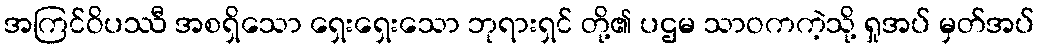
အကြင်ဝိပဿီ အစရှိသော ရှေးရှေးသော ဘုရားရှင် တို့၏ ပဌမ သာဝကကဲ့သို့ ရှုအပ် မှတ်အပ်